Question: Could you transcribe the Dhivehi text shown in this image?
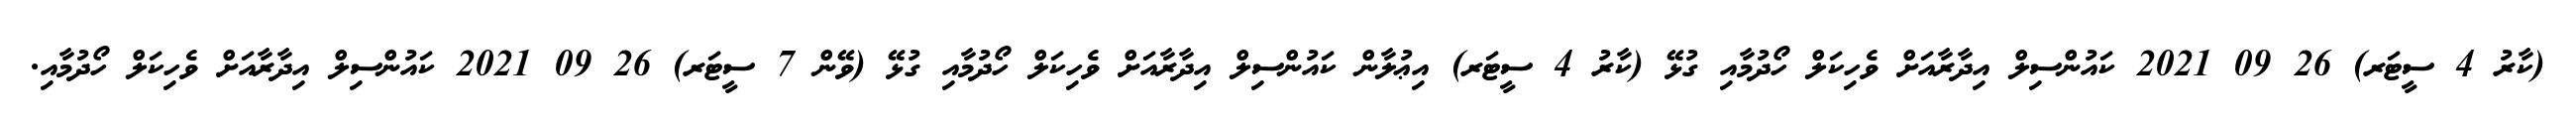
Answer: (ކާރު 4 ސީޓަރ) 26 09 2021 ކައުންސިލް އިދާރާއަށް ވެހިކަލް ހޯދުމާއި ގުޅޭ (ކާރު 4 ސީޓަރ) އިޢުލާން ކައުންސިލް އިދާރާއަށް ވެހިކަލް ހޯދުމާއި ގުޅޭ (ވޭން 7 ސީޓަރ) 26 09 2021 ކައުންސިލް އިދާރާއަށް ވެހިކަލް ހޯދުމާއި.